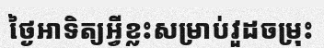
ថ្ងៃអាទិត្យអ្វីខ្លះសម្រាប់វួដចម្រុះ